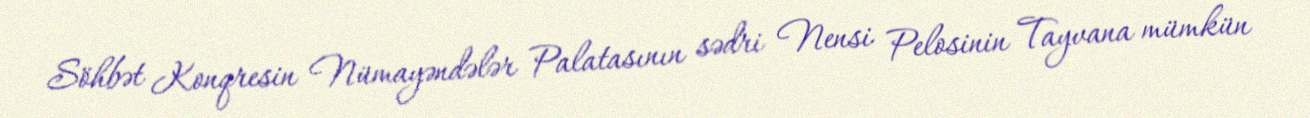
Söhbət Konqresin Nümayəndələr Palatasının sədri Nensi Pelosinin Tayvana mümkün